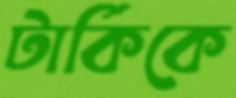
টার্কিকে